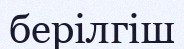
берілгіш